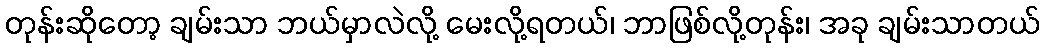
တုန်းဆိုတော့ ချမ်းသာ ဘယ်မှာလဲလို့ မေးလို့ရတယ်၊ ဘာဖြစ်လို့တုန်း၊ အခု ချမ်းသာတယ်